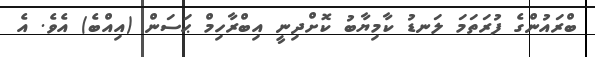
ބްރައުންގެ ފުރަތަމަ ލަނޑު ކާމިޔާބު ކޮށްދިނީ އިބްރާހިމް ޙަސަން (އިއްބެ) އެވެ. އެ